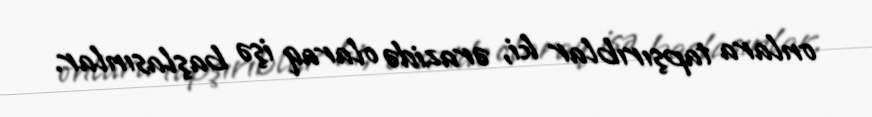
onlara tapşırıblar ki, ərazidə olaraq işə başlasınlar.